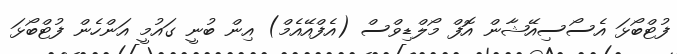
ފުޓްބޯޅަ އެސޯސިއޭޝާން އޮފް މޯލްޑިވްސް (އެފްއޭއެމް) އިން ބުނީ ގައުމީ އަންހެން ފުޓްބޯޅަ